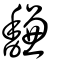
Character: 馦